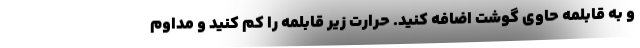
و به قابلمه حاوی گوشت اضافه کنید. حرارت زیر قابلمه را کم کنید و مداوم